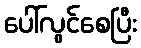
ပေါ်လွင်စေပြီး